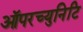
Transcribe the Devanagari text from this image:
ऑपरच्युनिटि